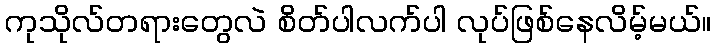
ကုသိုလ်တရားတွေလဲ စိတ်ပါလက်ပါ လုပ်ဖြစ်နေလိမ့်မယ်။